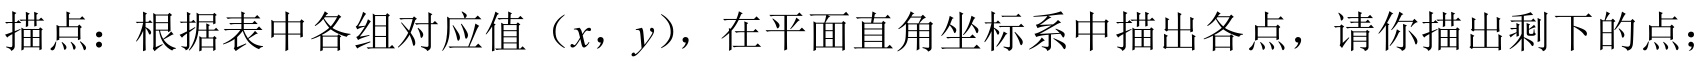
描点：根据表中各组对应值（\(x\)，\(y\)），在平面直角坐标系中描出各点，请你描出剩下的点；